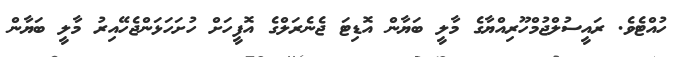
ހުއްޓެވެ. ރައީސުލްޖުމްހޫރިއްޔާގެ މާލީ ބަޔާން އޮޑިޓަ ޖެނެރަލްގެ އޮފީހަށް ހުށަހަޅަންޖެހޭއިރު މާލީ ބަޔާން